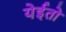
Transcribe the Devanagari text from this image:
येईतो